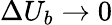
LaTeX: \Delta U_{b}\rightarrow 0